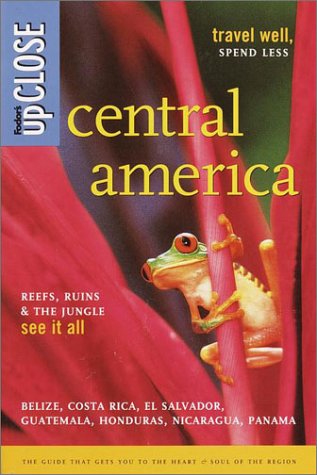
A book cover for Fodor's upCLOSE Central America, 2nd edition (Fodor's Upclose Central America: Belize, Costa Rica, El Salvador, Guatemala, Panama); Fodor's; Travel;